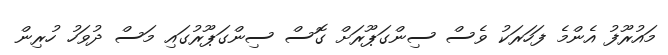
މައުރޫފު އެންމެ ފަހަރަކު ވެސް ސިންގަޕޫރަށް ގޮސް ސިންގަޕޫރުގައި މަސް ދުވަހު ހުރިން